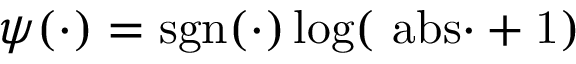
\psi ( \cdot ) = \mathrm { { s g n } ( \cdot ) \log ( \ a b s { \cdot } + 1 ) }